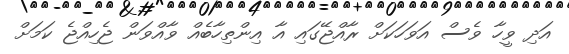
އަދި ވީހާ ވެސް އަވަހަކަށް ރާއްޖޭގައި އާ އިންތިހާބެއް ވާއްވަން ޖެހިއްޖެ ކަމަށް